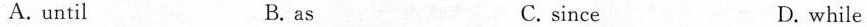
A. until B. as C. since D. while